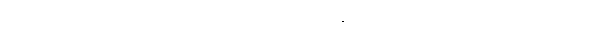
သတို့သမီးသည် သတို့သားကို ကိုယ်တိုင်ကိုယ်ကျ မြတ်နိုးသူဖြစ်၍ လက်ဆောင်ပဏ္ဏာများကိုလည်း